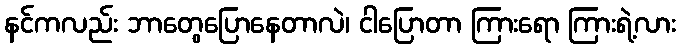
နင်ကလည်း ဘာတွေပြောနေတာလဲ၊ ငါပြောတာ ကြားရော ကြားရဲ့လား